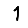
Digit: 1